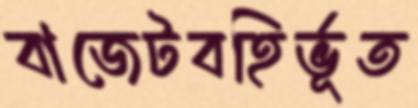
বাজেটবহির্ভূত